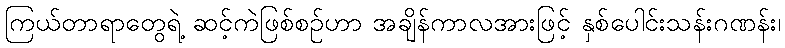
ကြယ်တာရာတွေရဲ့ ဆင့်ကဲဖြစ်စဉ်ဟာ အချိန်ကာလအားဖြင့် နှစ်ပေါင်းသန်းဂဏန်း၊